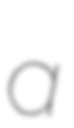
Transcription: a